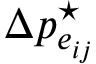
\Delta p _ { e _ { i j } } ^ { \star }